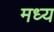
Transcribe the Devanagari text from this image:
मध्य